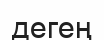
дегең